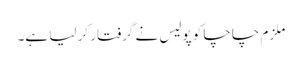
ملزم چاچا کو پولیس نے گرفتار کر لیا ہے۔